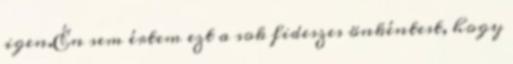
igen.Én sem értem ezt a sok fideszes önkéntest, hogy